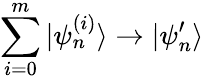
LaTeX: \sum_{i=0}^{m}|\psi_{n}^{(i)}\rangle\rightarrow|\psi_{n}^{\prime}\rangle